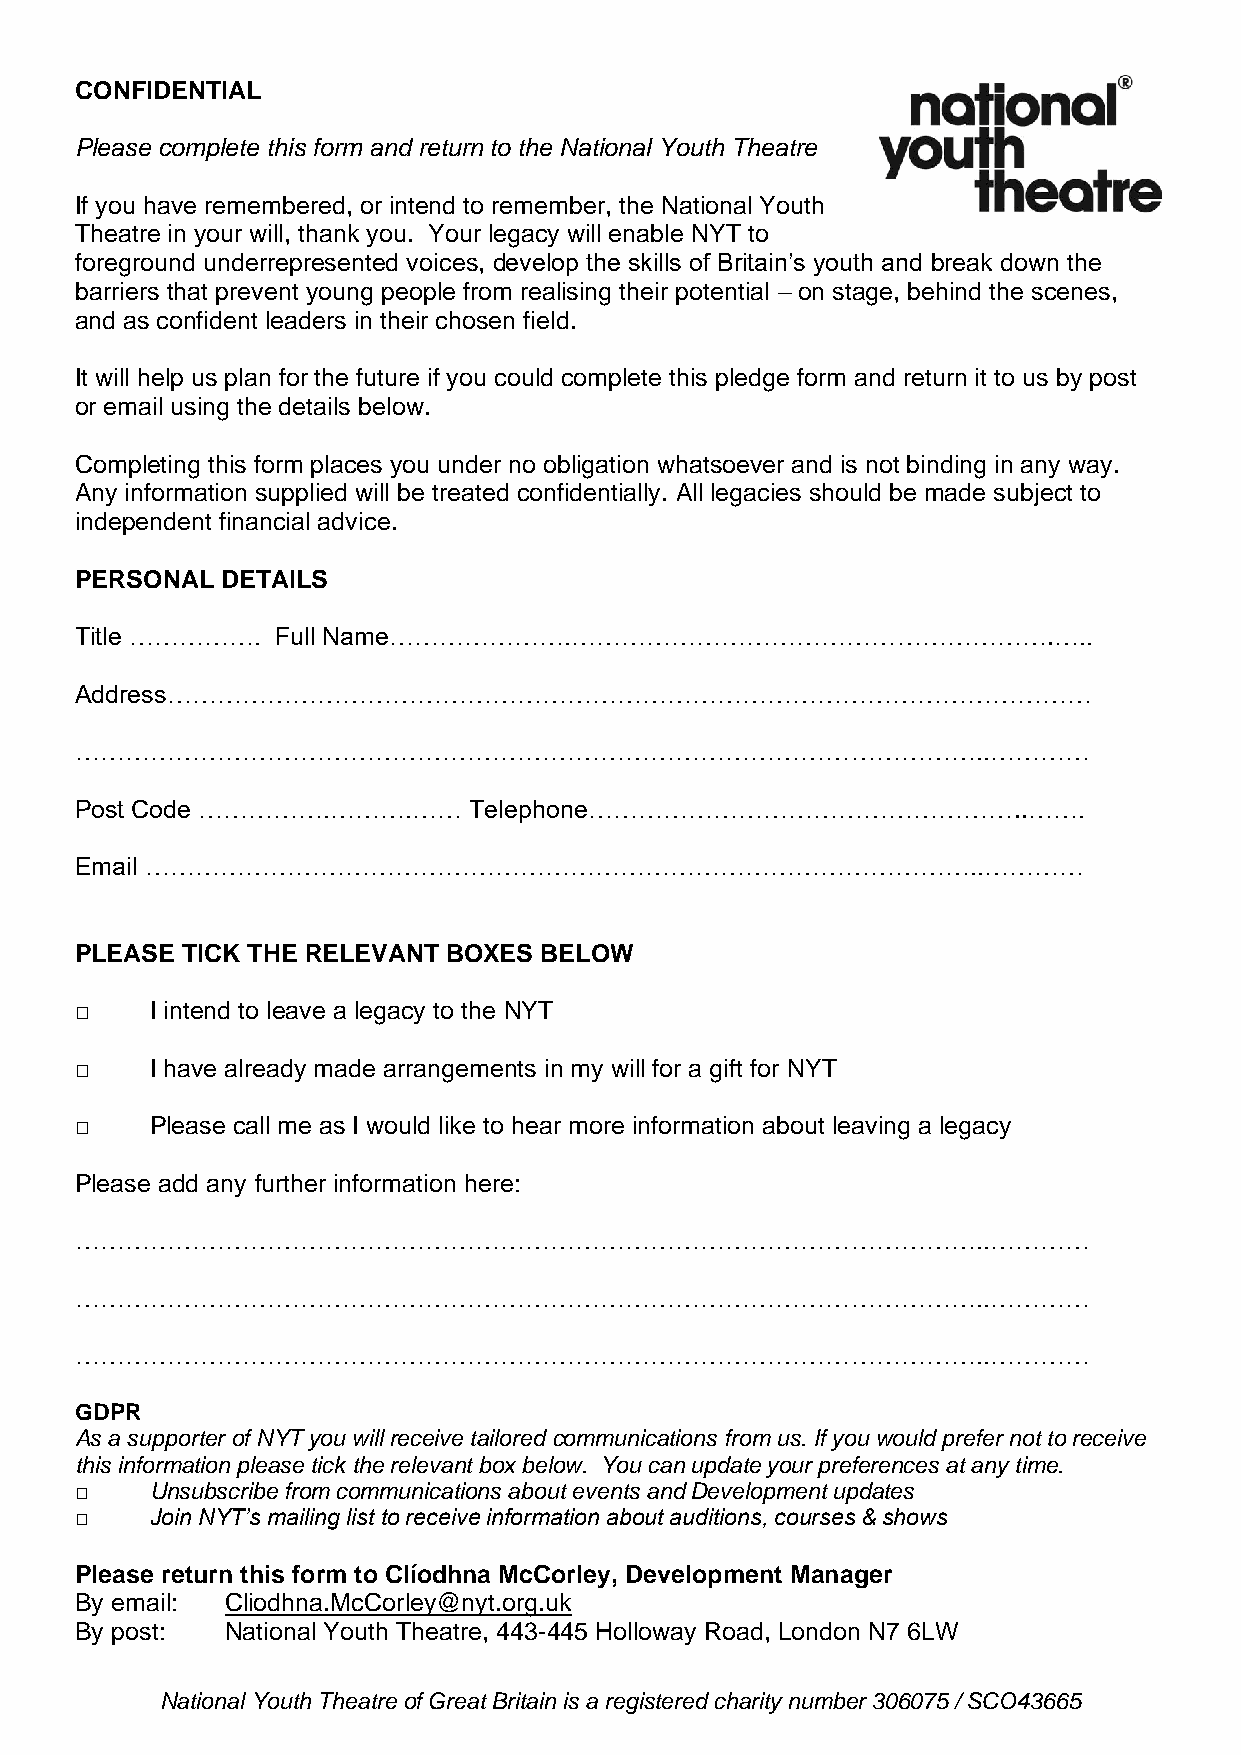
CONFIDENTIAL
 Please complete this form and return to the National Youth Theatre
 If you have remembered, or intend to remember, the National Youth
 Theatre in your will, thank you. Your legacy will enable NYT to
 foreground underrepresented voices, develop the skills of Britain’s youth and break down the
 barriers that prevent young people from realising their potential – on stage, behind the scenes,
 and as confident leaders in their chosen field.
 It will help us plan for the future if you could complete this pledge form and return it to us by post
 or email using the details below.
 Completing this form places you under no obligation whatsoever and is not binding in any way.
 Any information supplied will be treated confidentially. All legacies should be made subject to
 independent financial advice.
 PERSONAL  DETAILS
 Title ……………. Full Name………………….………………………………………………….…..
 Address…………………………………………………………………………………………………
 ………………………………………………………………………………………………..…………
 Post Code …………….……….……    Telephone……………………………………………..…….
 Email ………………………………………………………………………………………..…………
 PLEASE TICK THE RELEVANT BOXES BELOW
 □    I intend to leave a legacy to the NYT
 □    I have already made arrangements in my will for a gift for NYT
 □    Please call me as I would like to hear more information about leaving a legacy
 Please add any further information here:
 ………………………………………………………………………………………………..…………
 ………………………………………………………………………………………………..…………
 ………………………………………………………………………………………………..…………
 GDPR
 As a supporter of NYT you will receive tailored communications from us. If you would prefer not to receive
 this information please tick the relevant box below. You can update your preferences at any time.
 □    Unsubscribe from communications about events and Development updates
 □    Join NYT’s mailing list to receive information about auditions, courses & shows
 Please return this form to Clíodhna McCorley, Development Manager
 By email: Cliodhna.McCorley@nyt.org.uk
 By post:  National Youth Theatre, 443-445 Holloway Road, London N7 6LW
 National Youth Theatre of Great Britain is a registered charity number 306075 / SCO43665